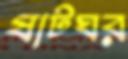
ষাটঘর